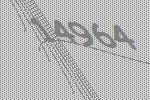
14964